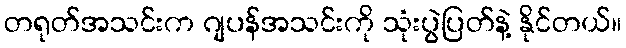
တရုတ်အသင်းက ဂျပန်အသင်းကို သုံးပွဲပြတ်နဲ့ နိုင်တယ်။